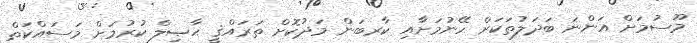
މޫސުމަށް އަންނަ ބަދަލުތަކަށް ހޭނުމަށާއި ކާރބަން މަދުކޮށް ތަރައްޤީ ޙާޞިލް ކުރުމަށް މަސައްކަތް